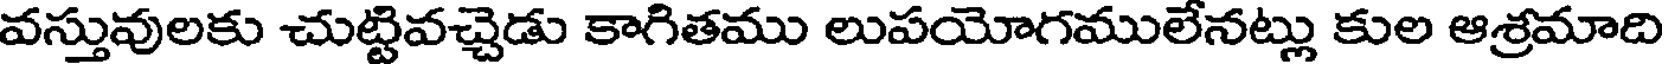
వస్తువులకు చుట్టివచ్చెడు కాగితము లుపయోగములేనట్లు కుల ఆశ్రమాది